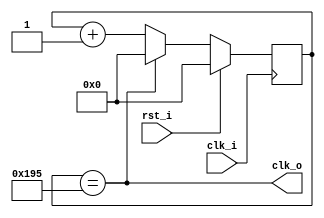
module clock_generator
#(
	parameter CLOCK_IN_FREQ = 50000000,
	parameter CLOCK_OUT_FREQ = 123333
)
(
	input clk_i,
	input rst_i,
	output clk_o
);

	localparam DIVISOR = CLOCK_IN_FREQ / CLOCK_OUT_FREQ;
	reg[25:0] counter;
	
	always@(posedge clk_i)
	begin
		if(rst_i)
			counter <= 0;
		else
			if(counter == DIVISOR[25:0])
				counter <= 0;
			else
				counter <= counter + 1'b1;
	end
	
	assign clk_o = counter == DIVISOR[25:0];
	
endmodule